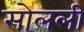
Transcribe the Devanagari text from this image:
सोलली